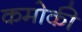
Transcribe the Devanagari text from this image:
कमोकी